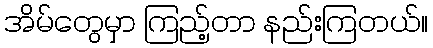
အိမ်တွေမှာ ကြည့်တာ နည်းကြတယ်။